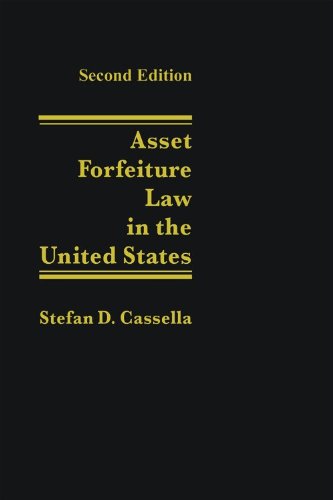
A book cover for Asset Forfeiture Law in the United States - 2nd Edition; Stefan D. Cassella; Law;